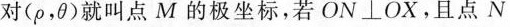
对(\rho，\theta)就叫点M的极坐标，若ON⊥OX。且点N